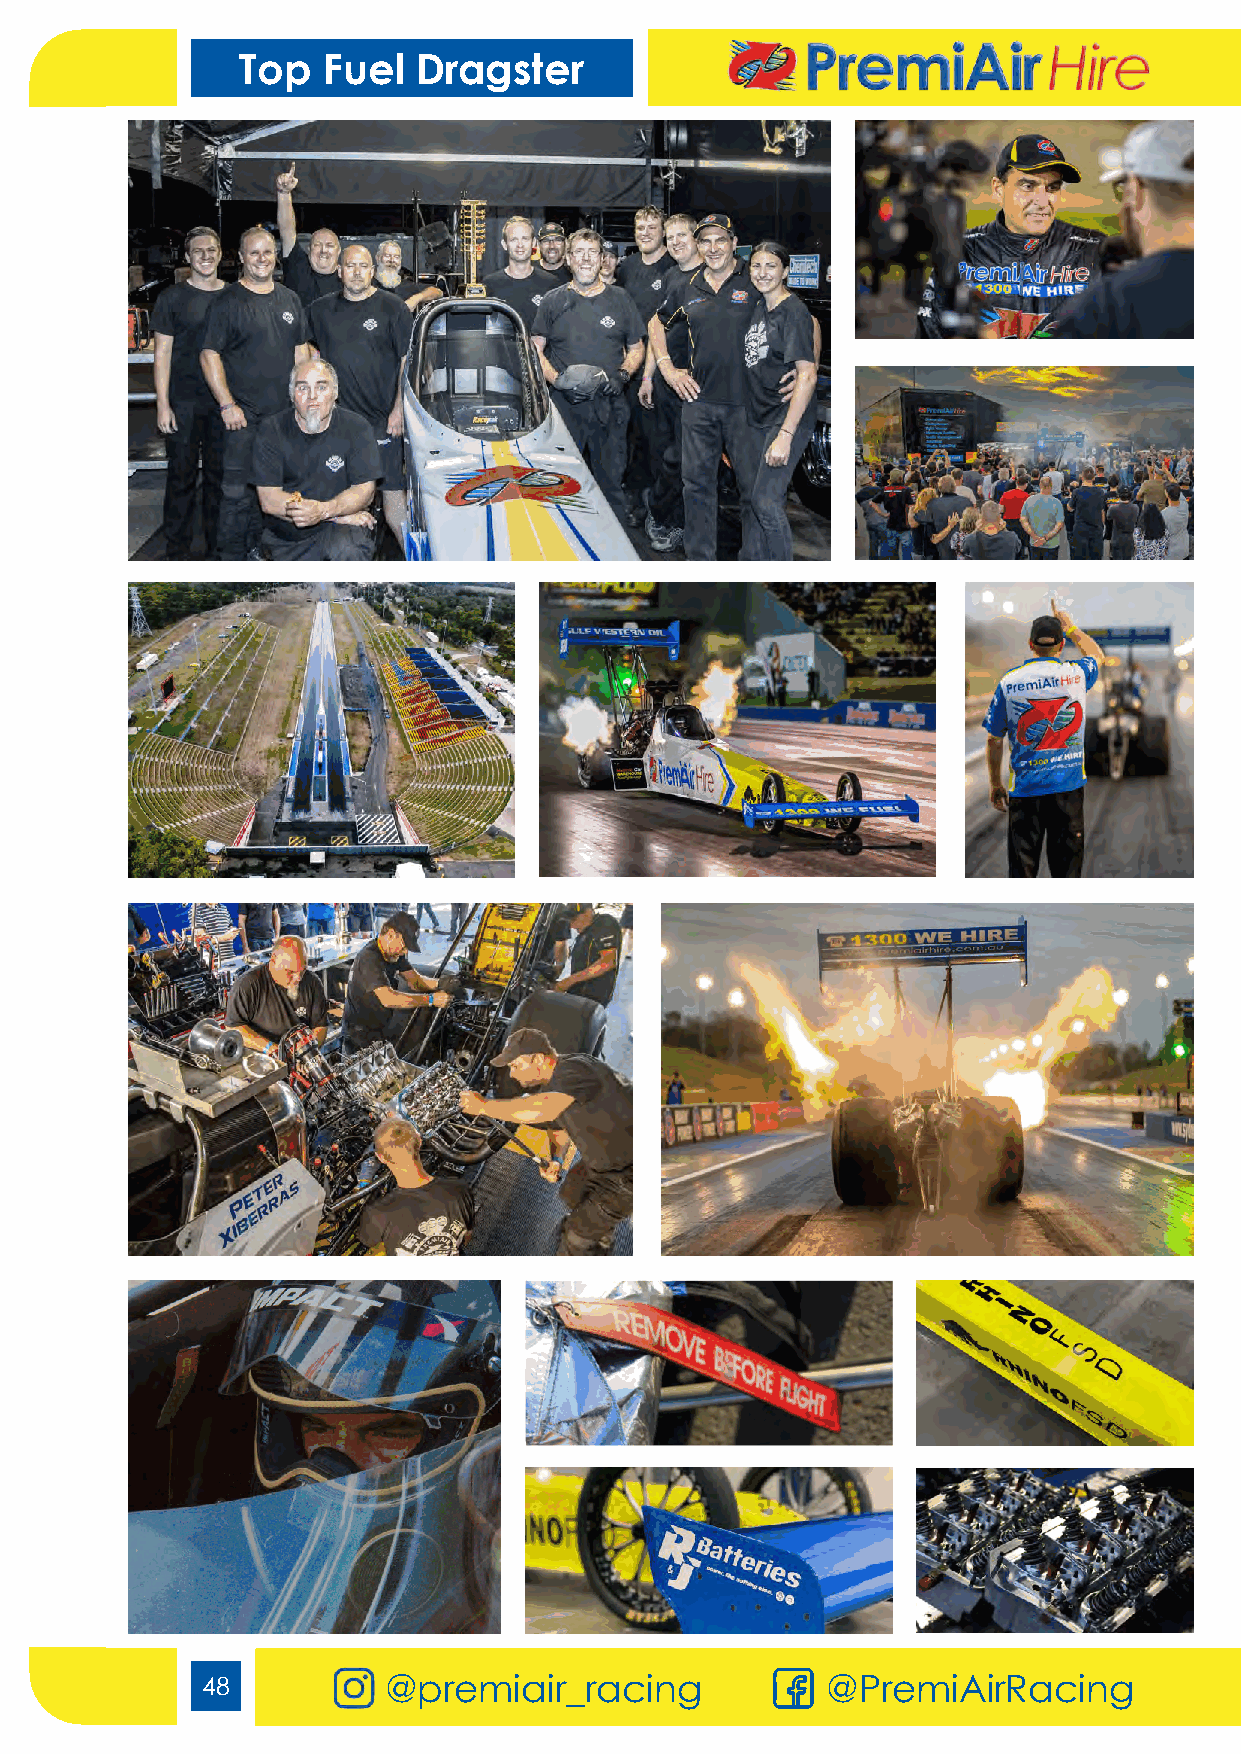
Top  Fuel   Dragster
 48          @premiair_racing          w w @w.PprreemmiiaAirihrRirea.ccoinmg.au